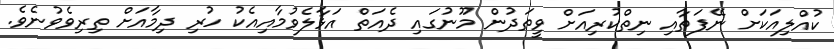
ކުއްލިއަކަށް ނޭފަތާއި ނިތްކުރިއަށް ވީތަދުން މޫނުގައި ދެއަތް އަޅާލެވުމާއިއެކު ހުރި ދިމާއަށް ތިރިވެވުނެވެ.